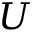
U